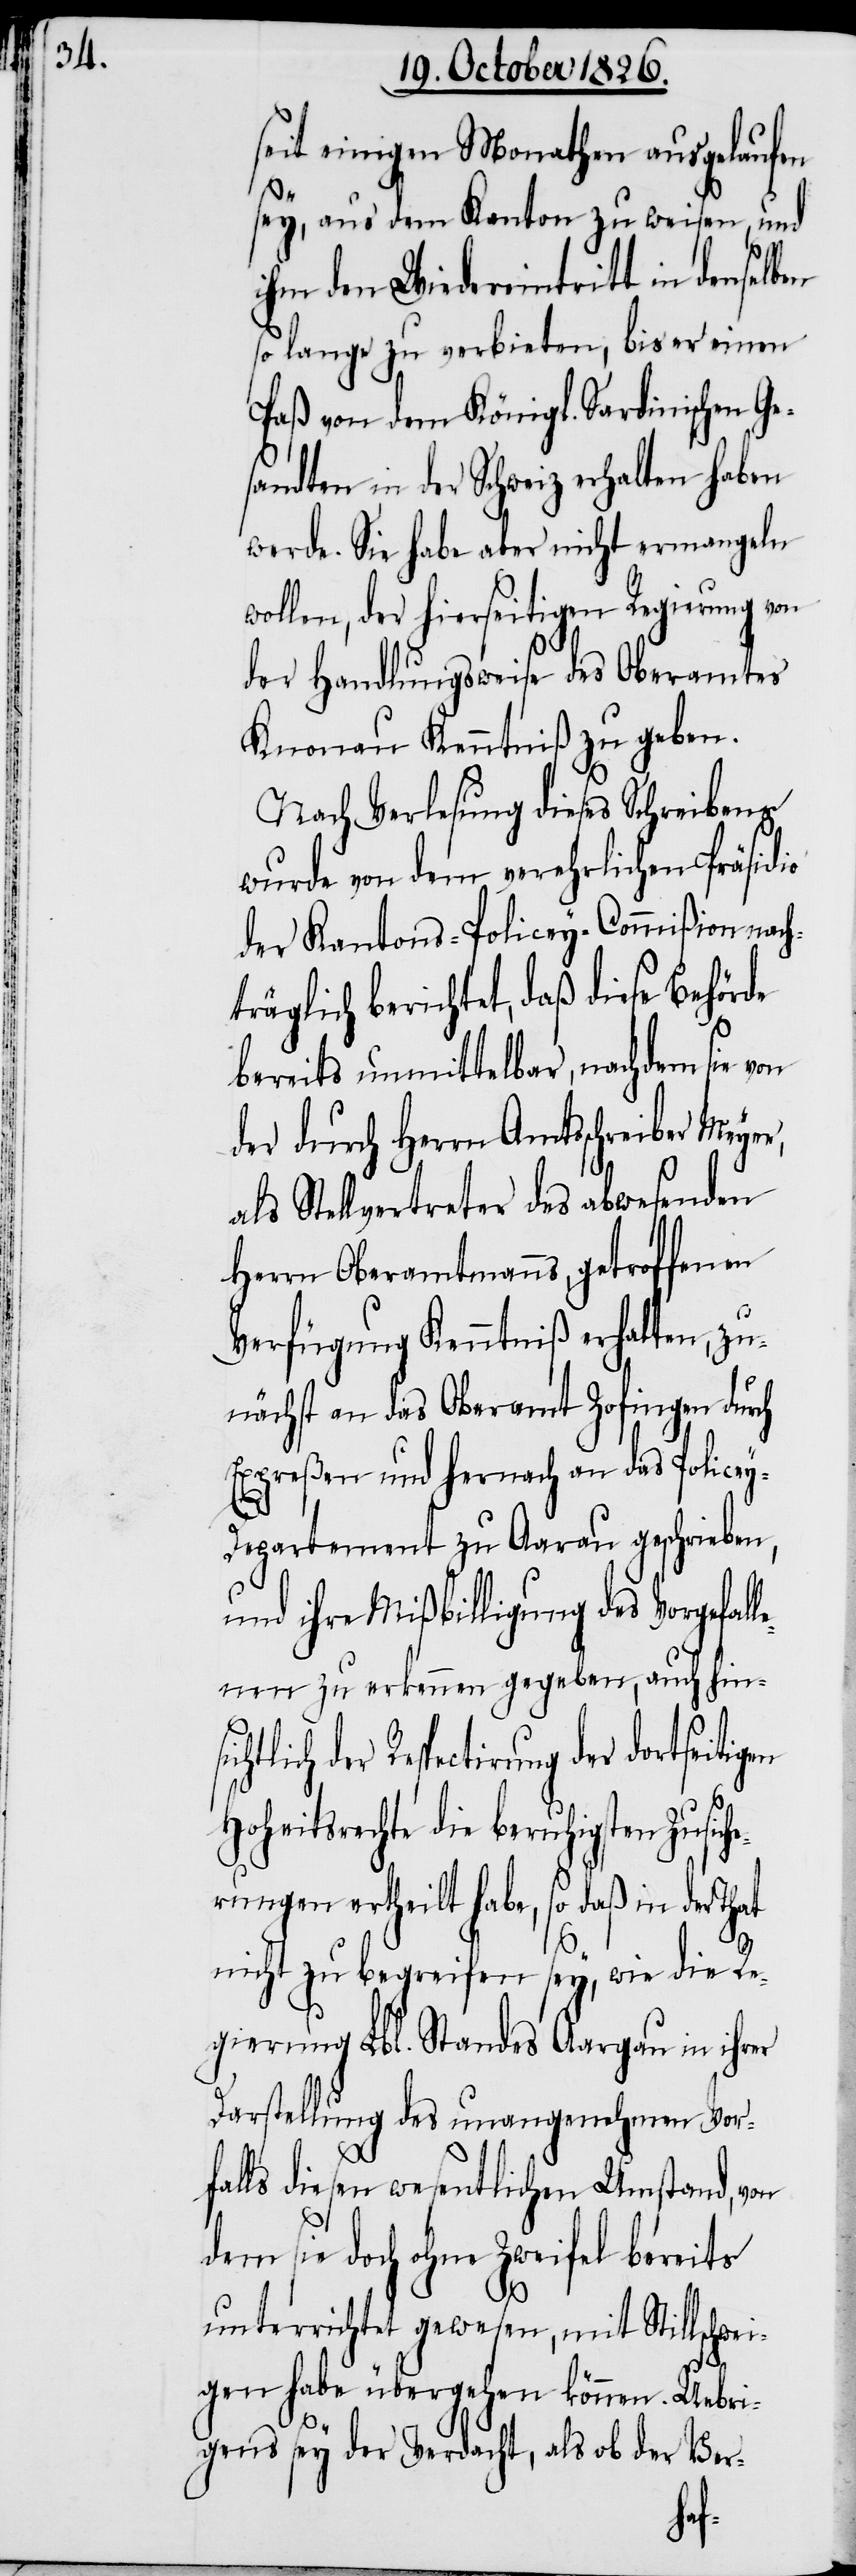
seit einigen Monathen ausgelaufen
sey, aus dem Kanton zu weisen, und
ihm den Wiedereintritt in denselben
so lange zu verbieten, bis er einen
Paß von dem Königl. Sardinischen Ge¬
sandten in der Schweiz erhalten haben
werde. Sie habe aber nicht ermangeln
wollen, der hierseitigen Regierung von
der Handlungsweise des Oberamtes
Knonau Kenntniß zu geben.
Nach Verlesung dieses Schreibens
wurde von dem verehrlichen Präsidio
der Kantons-Policey-Commißion nach¬
träglich berichtet, daß diese Behörde
bereits unmittelbar, nachdem sie von
der durch Herrn Amtsschreiber Meye¬
als Stellvertreter des abwesenden
Herrn Oberamtmanns, getroffenen
Verfügung Kenntniß erhalten, zu¬
nächst an das Oberamt Zofingen durch
Expreßen und hernach an das Police¬
y-Departement zu Aarau geschrieben,
und ihre Mißbilligung des Vorgefal¬
lenen zu erkennen gegeben, auch hins¬
ctirung der dortseitigen
Hoheitsrechte die beruhigsten Zusich¬
erungen ertheilt habe, so daß in der
nicht zu begreifen sey, wie die Re¬
gierung Lbl. Standes Aargau in ihrer
Darstellung des unangenehmen Vorf¬
alls diesen wesentlichen Umstand, von
dem sie doch ohne Zweifel bereits
unterrichtet gewesen, mit Stillschwe¬
igen habe übergehen können. Uebri¬
gens sey der Verdacht, als ob der Ver-
r,